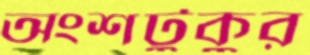
অংশটুকুর